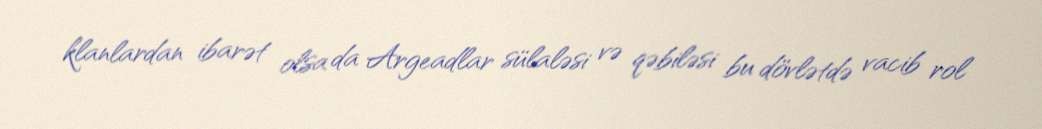
klanlardan ibarət olsa da Argeadlar sülaləsi və qəbiləsi bu dövlətdə vacib rol